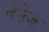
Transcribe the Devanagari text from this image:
चंगे़ज